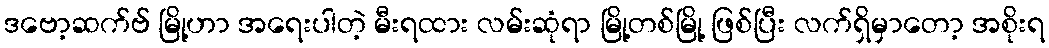
ဒဗော့ဆက်ဗ် မြို့ဟာ အရေးပါတဲ့ မီးရထား လမ်းဆုံရာ မြို့တစ်မြို့ ဖြစ်ပြီး လက်ရှိမှာတော့ အစိုးရ